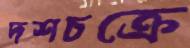
দশচক্রে